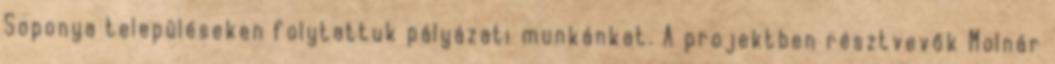
Soponya településeken folytattuk pályázati munkánkat. A projektben résztvevők Molnár